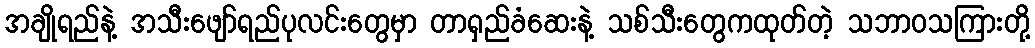
အချိုရည်နဲ့ အသီးဖျော်ရည်ပုလင်းတွေမှာ တာရှည်ခံဆေးနဲ့ သစ်သီးတွေကထုတ်တဲ့ သဘာဝသကြားတို့